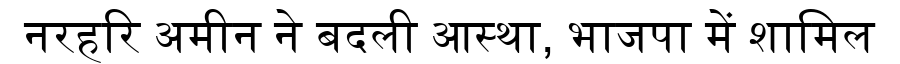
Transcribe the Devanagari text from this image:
नरहरि अमीन ने बदली आस्था, भाजपा में शामिल